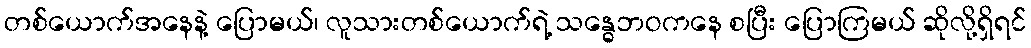
တစ်ယောက်အနေနဲ့ ပြောမယ်၊ လူသားတစ်ယောက်ရဲ့ သန္ဓေဘဝကနေ စပြီး ပြောကြမယ် ဆိုလို့ရှိရင်